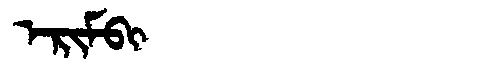
Manchu: ᡝᡵᡳᠮᠪᡳ
Romanization: ERIMBI